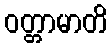
ဝတ္တာမာတိ